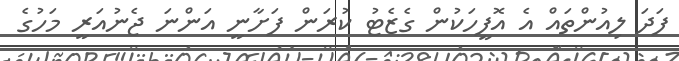
ފަދަ ލިއުންތައް އެ އޮފީހަކުން ގެޒެޓު ކުރަން ފަށާނީ އަންނަ ޖެނުއަރީ މަހުގެ